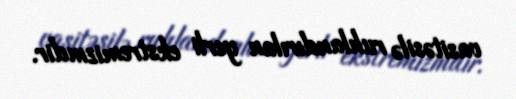
vasitəsilə ruhlandırılan yerli ekstremizmdir.